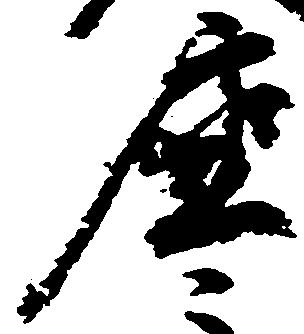
座